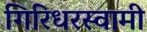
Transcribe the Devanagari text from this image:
गिरिधरस्वामी